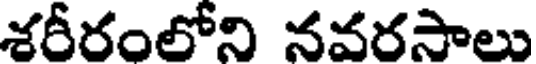
శరీరంలోని నవరసాలు